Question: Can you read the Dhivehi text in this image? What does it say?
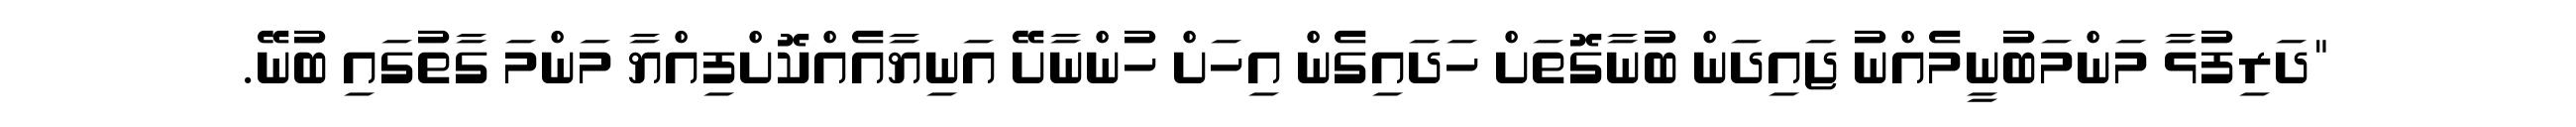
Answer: "ދަރިފުޅާ މަންމަބުނީމެއްނު ޖައިދަން ބުނާގޮތަށް ހަދައިގެން އިހަށް ހުންނާށޭ އަނިޔާއެއްކޮށްފިއްޔާ މަންމަ ގާތުގައި ބުނޭ.